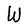
Character: W